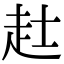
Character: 𧺑